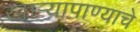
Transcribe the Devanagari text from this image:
खार्‍यापाण्याचे